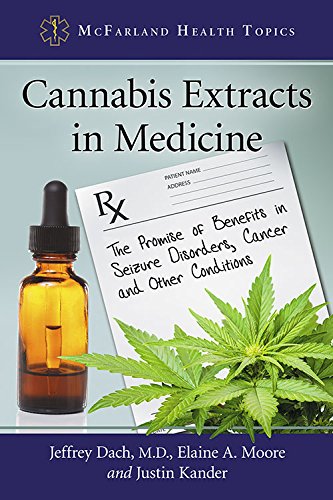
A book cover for Cannabis Extracts in Medicine: The Promise of Benefits in Seizure Disorders, Cancer and Other Conditions (Mcfarland Health Topics); Jeffrey Dach M.D.; Medical Books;